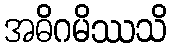
အဓိဂမိဿသိ